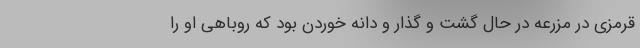
قرمزی در مزرعه در حال گشت و گذار و دانه خوردن بود که روباهی او را